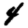
Digit: 4